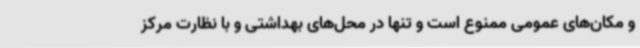
و مکان‌های عمومی ممنوع است و تنها در محل‌های بهداشتی و با نظارت مرکز